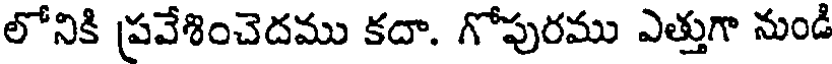
లోనికి ప్రవేశించెదము కదా. గోపురము ఎత్తుగా నుండి